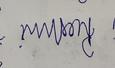
Signature authenticity: forged